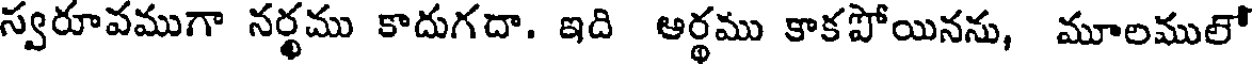
స్వరూవముగా నర్థము కాదుగదా. ఇది ఆర్థము కాకపోయినను, మూలములో